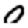
Digit: 0